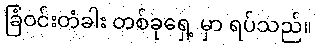
ခြံဝင်းတံခါး တစ်ခုရှေ့ မှာ ရပ်သည်။